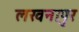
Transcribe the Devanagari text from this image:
लखनापुर